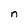
Character: n